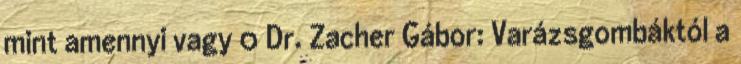
mint amennyi vagy 0 Dr. Zacher Gábor: Varázsgombáktól a